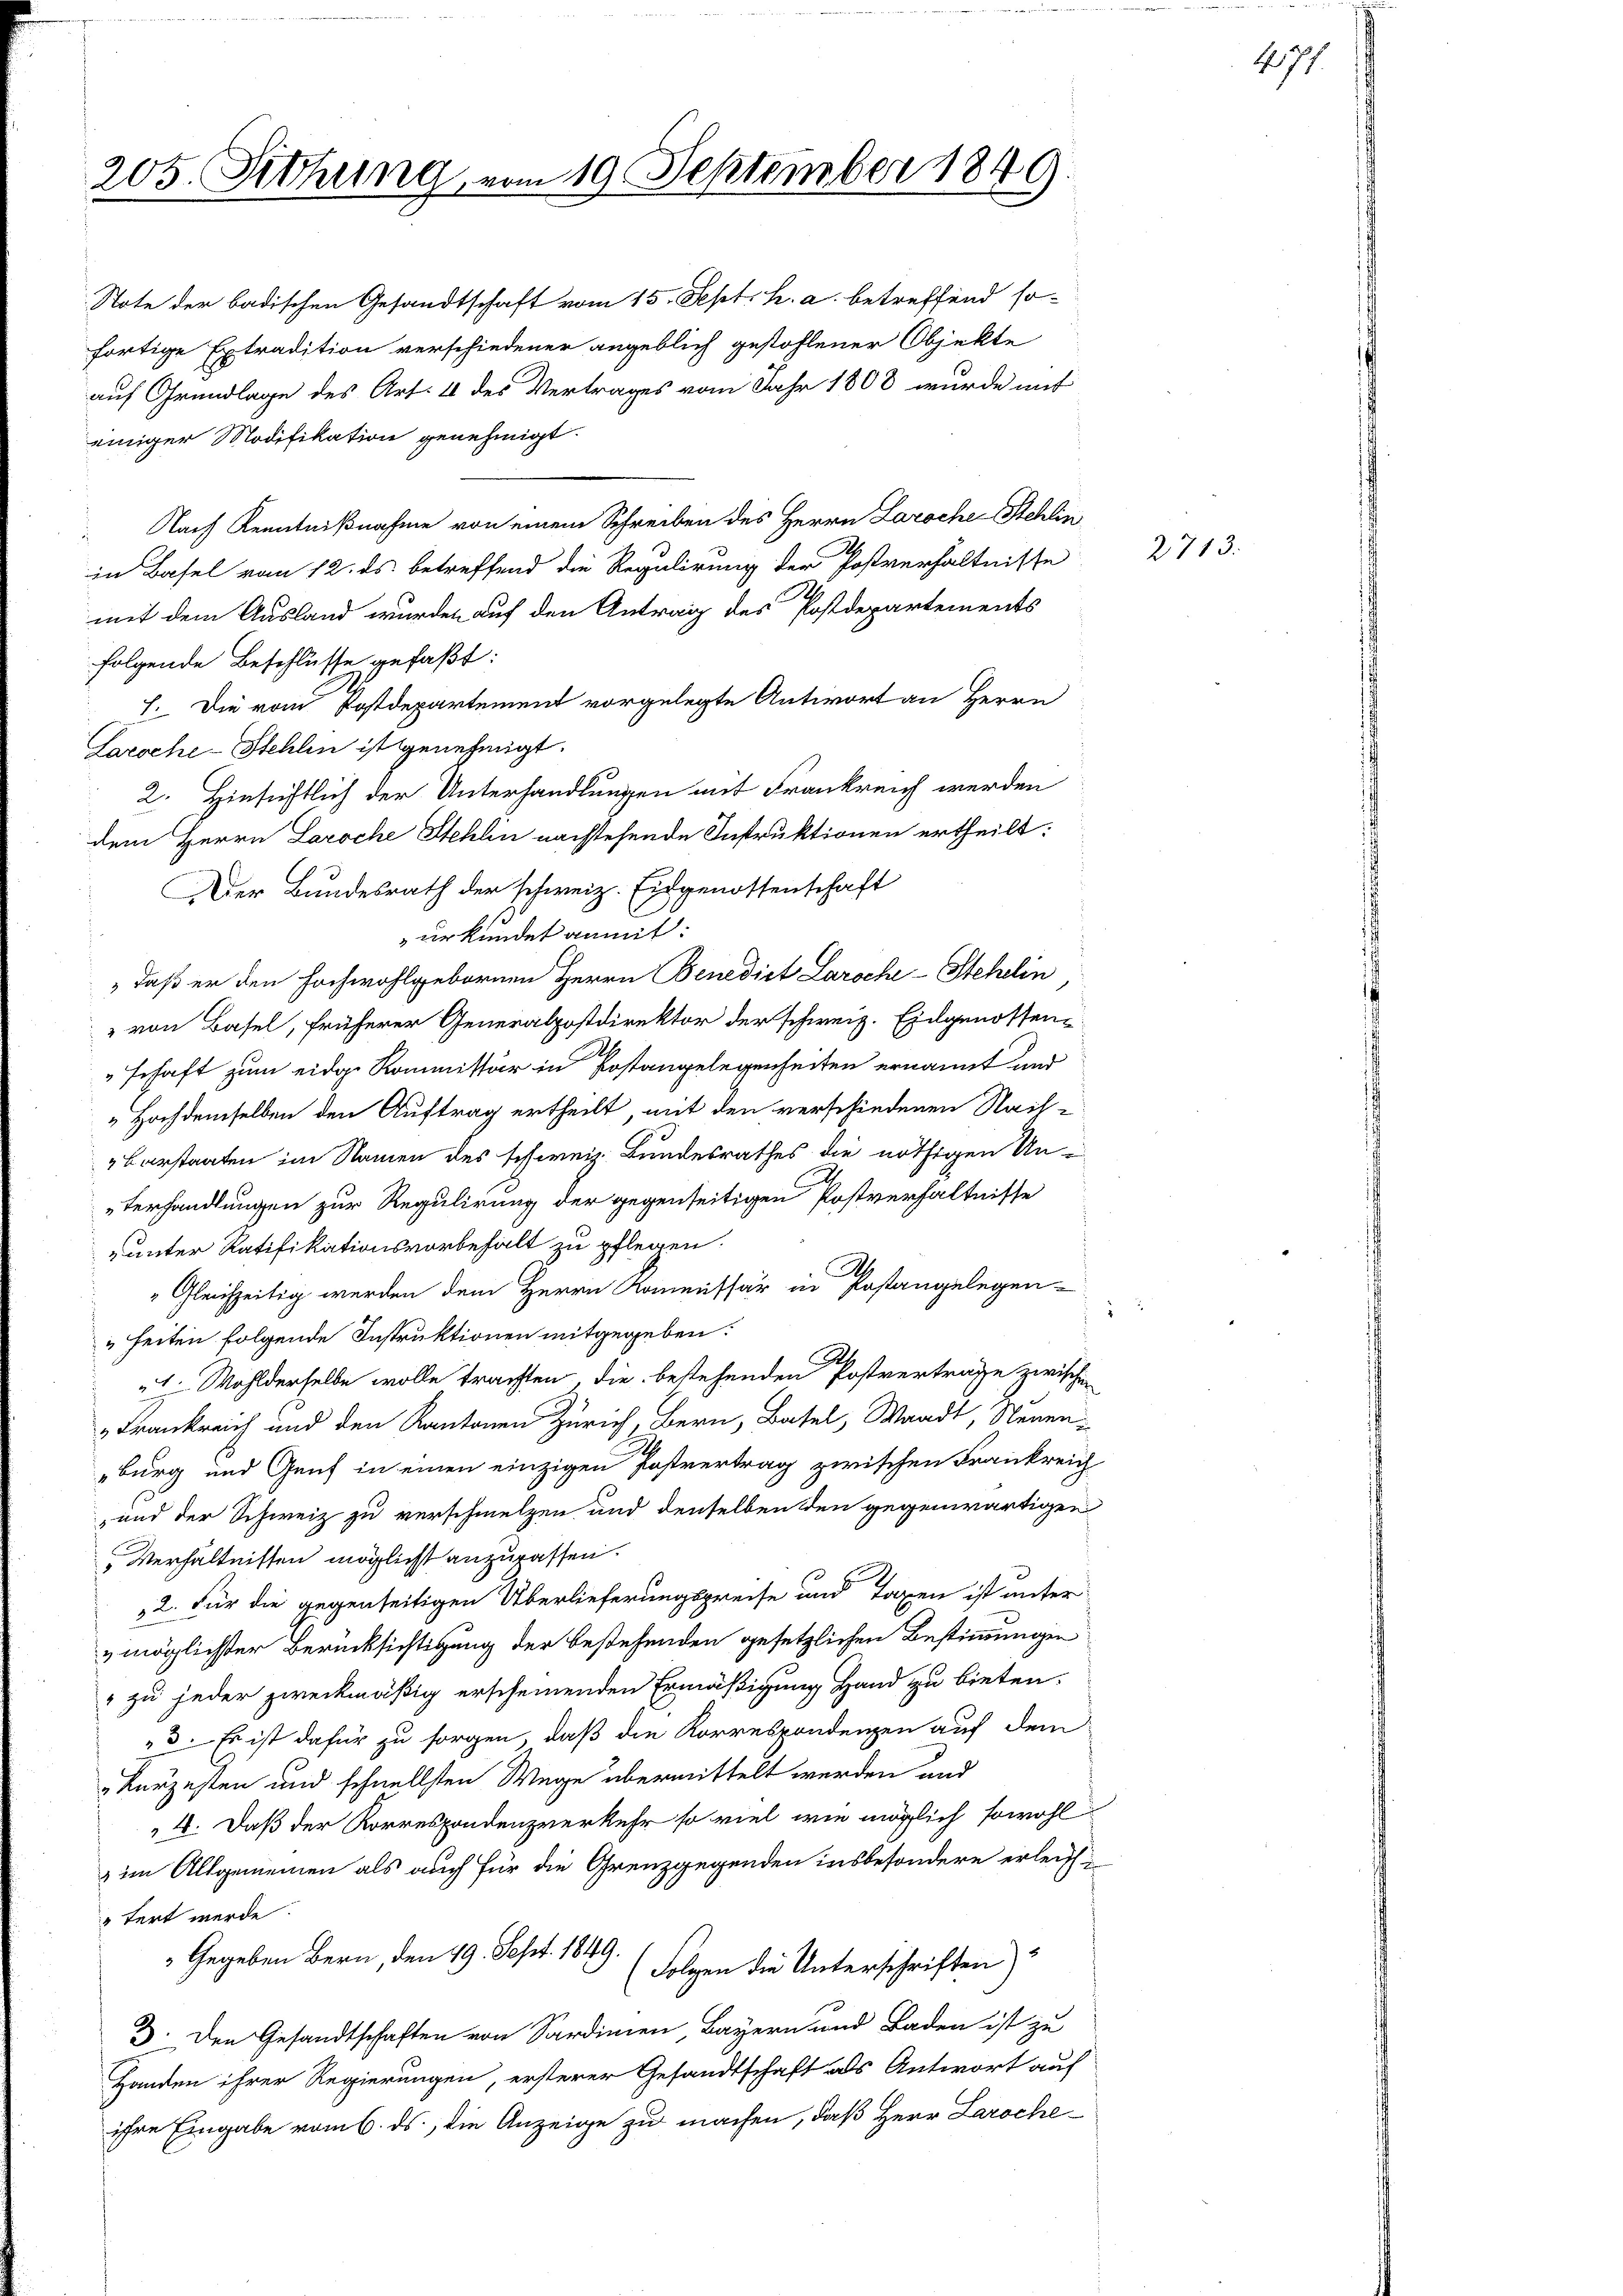
205. Sitzung vom 19. September 1849.

Ntote der badischen Gesandtschaft vom 15. Sept. h. a. betreffend so-
fortige Extradition verschiedener angeblich gestohlener Objekte
auf Grundlage des Art. 4 des Vertrages vom Jahr 1808 wurde mit
einiger Modifikation genehmigt.
Nach Kenntnißnahme von einem Schreiben des Herrn Laroche Schlin
in Basel von 12. ds betreffend die Regulirung der Postverhältnisse
mit dem Ausland wurden auf den Antrag des Postdepartements
folgende Beschlüsse gefaßt:
h. Die vom Postdepartement vorgelegte Antwort an Herrn
Laroche-Stehlen ist genehmigt.
2. Hinsichtlich der Unterhandlungen mit Frankreich werden
dem Herrn Laroche Stehlin nachstehende Instruktionen ertheilt:
Der Bundesrath der schweiz. Eidgenossenschaft
 urkundet anmit:
„daß er den Hochwohlgebornen Herrn Benedict Laroche-Stehelin
" von Basel, früherer Generalpostdirektor der schweiz. Eidgenossen
schaft zum eidge Kommissär in Postangelegenheiten ernannt und
„Hochdemselben den Auftrag ertheilt, mit den verschiedenen Nach-
Barstaaten im Namen des schweiz. Bundesrathes die nöthigen Un-
terhandlungen zur Regulirung der gegenseitigen Postverhältnisse
unter Ratifikationsvorbehalt zu pflegen.
"Gleichzeitig werden dem Herrn Kommissär in Postangelegen-
" heiten folgende Instruktionen mitgegeben:
1. Wohlderselbe wolle trachten die bestehenden Postverträge zwischen
Frankreich und den Kantonen Zürich, Bern, Basel, Waadt, Neuen-
burg und Genf in einen einzigen Postvertrag zwischen Frankreich
und der Schweiz zu verschmelzen und denselben den gegenwärtigen
" Verhältnissen möglicht anzupassen.
2. Für die gegenseitigen Überlieferungspreise und Taxen ist unter
möglichster Berücksichtigung der bestehenden gesetzlichen Bestimmungen
" zu jeder zweckmäßig erscheinenden Ermäßigung Hand zu bieten.
3. Es ist dafür zu sorgen, daß die Korrespondenzen auf dem
„kurzesten und schnellsten Wege übermittelt werden und
4. Daß der Korrespondenzverkehr so viel wie möglich sowohl
& im Allgemeinen als auch für die Grenzgegenden insbesondere erleichtert werde.
 Gegeben Bern, den 19. Sept. 1849.
(Folgen die Unterschriften)
3. Den Gesandtschaften von Sardinien Bayern und Baden ist zu
Handen ihrer Regierungen, ersterer Gesandtschaft als Antwort auf
ihre Eingabe vom 6. ds., die Anzeige zu machen, daß Herr Laroche

2713.

47.